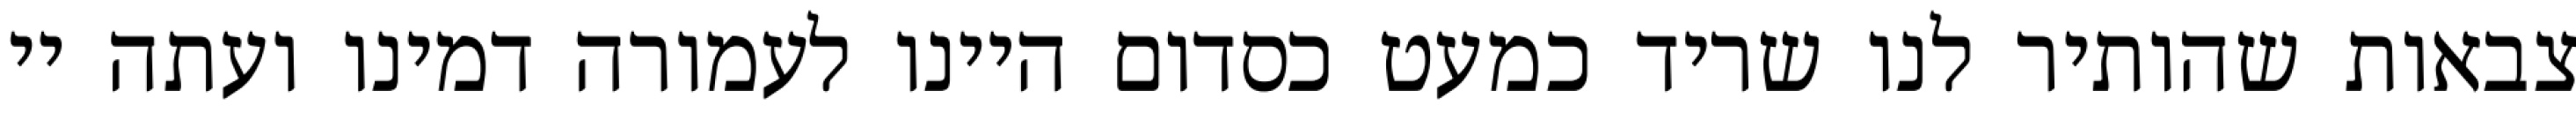
צבאות שהותיר לנו שריד כמעט כסדום היינו לעמורה דמינו ועתה יי